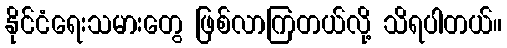
နိုင်ငံရေးသမားတွေ ဖြစ်လာကြတယ်လို့ သိရပါတယ်။